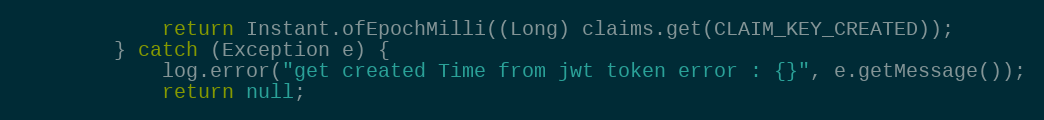
Language: Java
            return Instant.ofEpochMilli((Long) claims.get(CLAIM_KEY_CREATED));
        } catch (Exception e) {
            log.error("get created Time from jwt token error : {}", e.getMessage());
            return null;